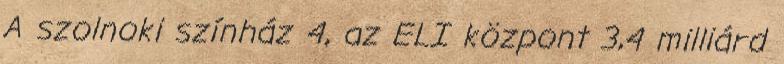
A szolnoki színház 4, az ELI központ 3,4 milliárd